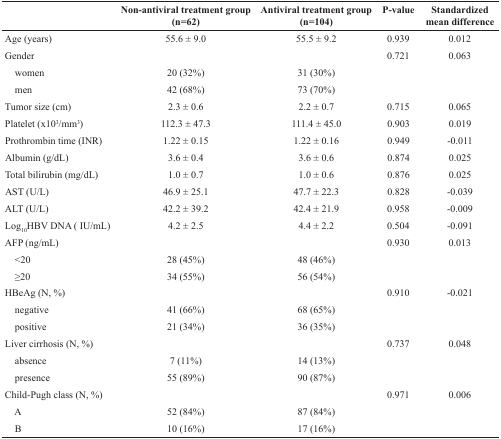
<table><thead><tr><td></td><td><b>Non-antiviral treatment group(n=62)</b></td><td><b>Antiviral treatment group(n=104)</b></td><td><b>P-value</b></td><td><b>Standardized mean difference</b></td></tr></thead><tbody><tr><td>Age (years)</td><td>55.6 ± 9.0</td><td>55.5 ± 9.2</td><td>0.939</td><td>0.012</td></tr><tr><td>Gender</td><td></td><td></td><td>0.721</td><td>0.063</td></tr><tr><td> women</td><td>20 (32%)</td><td>31 (30%)</td><td></td><td></td></tr><tr><td> men</td><td>42 (68%)</td><td>73 (70%)</td><td></td><td></td></tr><tr><td>Tumor size (cm)</td><td>2.3 ± 0.6</td><td>2.2 ± 0.7</td><td>0.715</td><td>0.065</td></tr><tr><td>Platelet (x10<sup>3</sup>/mm<sup>3</sup>)</td><td>112.3 ± 47.3</td><td>111.4 ± 45.0</td><td>0.903</td><td>0.019</td></tr><tr><td>Prothrombin time (INR)</td><td>1.22 ± 0.15</td><td>1.22 ± 0.16</td><td>0.949</td><td>−0.011</td></tr><tr><td>Albumin (g/dL)</td><td>3.6 ± 0.4</td><td>3.6 ± 0.6</td><td>0.874</td><td>0.025</td></tr><tr><td>Total bilirubin (mg/dL)</td><td>1.0 ± 0.7</td><td>1.0 ± 0.6</td><td>0.876</td><td>0.025</td></tr><tr><td>AST (U/L)</td><td>46.9 ± 25.1</td><td>47.7 ± 22.3</td><td>0.828</td><td>−0.039</td></tr><tr><td>ALT (U/L)</td><td>42.2 ± 39.2</td><td>42.4 ± 21.9</td><td>0.958</td><td>−0.009</td></tr><tr><td>Log<sub>10</sub>HBV DNA ( IU/mL)</td><td>4.2 ± 2.5</td><td>4.4 ± 2.2</td><td>0.504</td><td>−0.091</td></tr><tr><td>AFP (ng/mL)</td><td></td><td></td><td>0.930</td><td>0.013</td></tr><tr><td> &lt;20</td><td>28 (45%)</td><td>48 (46%)</td><td></td><td></td></tr><tr><td> ≥20</td><td>34 (55%)</td><td>56 (54%)</td><td></td><td></td></tr><tr><td>HBeAg (N, %)</td><td></td><td></td><td>0.910</td><td>−0.021</td></tr><tr><td> negative</td><td>41 (66%)</td><td>68 (65%)</td><td></td><td></td></tr><tr><td> positive</td><td>21 (34%)</td><td>36 (35%)</td><td></td><td></td></tr><tr><td>Liver cirrhosis (N, %)</td><td></td><td></td><td>0.737</td><td>0.048</td></tr><tr><td> absence</td><td>7 (11%)</td><td>14 (13%)</td><td></td><td></td></tr><tr><td> presence</td><td>55 (89%)</td><td>90 (87%)</td><td></td><td></td></tr><tr><td>Child-Pugh class (N, %)</td><td></td><td></td><td>0.971</td><td>0.006</td></tr><tr><td> A</td><td>52 (84%)</td><td>87 (84%)</td><td></td><td></td></tr><tr><td> B</td><td>10 (16%)</td><td>17 (16%)</td><td></td><td></td></tr></tbody></table>